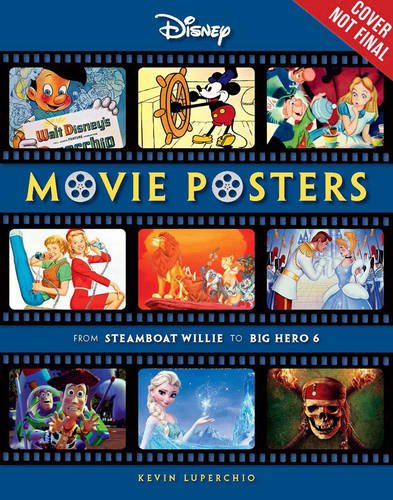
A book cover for Disney Movie Posters: From Steamboat Willie to Inside Out (Disney Editions Deluxe (Film)); Kevin Luperchio; Humor & Entertainment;